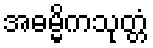
အဓမ္မိကသုတ္တံ